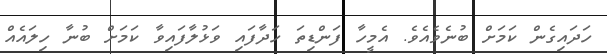
ހަދައިގެން ކަމަށް ބުނެވެއެވެ. އެމީހާ ފަންޑިތަ ހަދާފައި ވަޅުލާފައިވާ ކަމަށް ބުނާ ހިލައެއް